Lunatic asylums Madras 1892-1911 - 1892-1911
Year: 1892
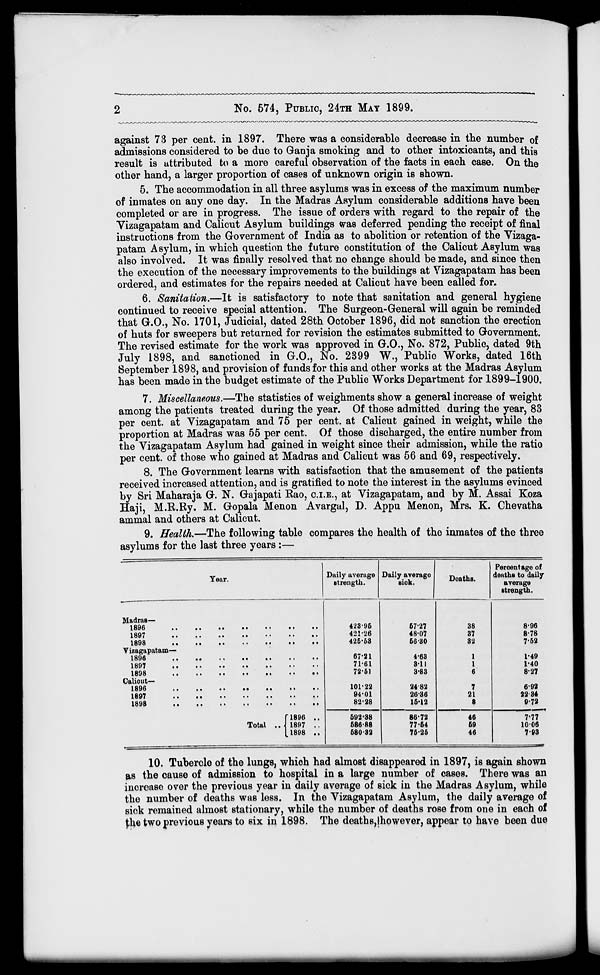
No. 574, PUBLIC, 24TH MAY 1899.
against 73 per cent, in 1897. There was a considerable decrease in the number of
admissions considered to be due to Ganja smoking and to other intoxicants, and this
result is attributed to a more careful observation of the facts in each case. On the
other hand, a larger proportion of cases of unknown origin is shown.
5. The accommodation in all three asylums was in excess of the maximum number
of inmates on any one day. In the Madras Asylum considerable additions have been
completed or are in progress. The issue of orders with regard to the repair of the
Vizagapatam and Calicut Asylum buildings was deferred pending the receipt of final
instructions from the Government of India as to abolition or retention of the Vizaga-
patam Asylum, in which question the future constitution of the Calicut Asylum was
also involved. It was finally resolved that no change should be made, and since then
the execution of the necessary improvements to the buildings at Vizagapatam has been
ordered, and estimates for the repairs needed at Calicut have been called for.
6. Sanitation.—It is satisfactory to note that sanitation and general hygiene
continued to receive special attention. The Surgeon-General will again be reminded
that G.O., No. 1701, Judicial, dated 28th October 1896, did not sanction the erection
of huts for sweepers but returned for revision the estimates submitted to Government.
The revised estimate for the work was approved in G.O., No. 872, Public, dated 9th
July 1898, and sanctioned in G.O., No. 2399 W., Public Works, dated 16th
September 1898, and provision of funds for this and other works at the Madras Asylum
has been made in the budget estimate of the Public Works Department for 1899-1900.
7. Miscellaneous.—The statistics of weighments show a general increase of weight
among the patients treated during the year. Of those admitted during the year, 83
per cent, at Vizagapatam and 75 per cent, at Calicut gained in weight, while the
proportion at Madras was 55 per cent. Of those discharged, the entire number from
the Vizagapatam Asylum had gained in weight since their admission, while the ratio
per cent, of those who gained at Madras and Calicut was 56 and 69, respectively.
8. The Government learns with satisfaction that the amusement of the patients
received increased attention, and is gratified to note the interest in the asylums evinced
by Sri Maharaja G. N. Gajapati Eao, C.I.E., at Vizagapatam, and by M. Assai Koza
Haji, M.E.Ry. M. Gopala Menon Avargal, D. Appu Menon, Mrs. K. Chevatha
ammal and others at Calicut.
9. Health.—The following table compares the health of the inmates of the three
asylums for the last three years :—
Percentage of
Tear.
Daily average
strength.
Daily average
sick.
Deaths.
deaths to daily
average
Btrength.
Madras—
42395
67-27
38
8-96
421-26
48-07
37
8-78
425-53
66-30
32
7-52
Vizagapatam—
67-21
4-63
1
1-49
7161
3-11
I
1-40
72-61
3-83
6
8-27
Calicut-
101-22
2482
7
6-92
94-01
26-36
21
22 34
[1896 ..
82-28
15-12
8
9-72
592-38
86-72
46
7-77
Total .. 1897 ..
586-88
77-64
69
1006
[1898 ..
680-32
76-25
46
7-83
10. Tubercle of the lungs, which had almost disappeared in 1897, is again shown
as the cause of admission to hospital in a large number of cases. There was an
increase over the previous year in daily average of sick in the Madras Asylum, while
the number of deaths was less. In the Vizagapatam Asylum, the daily average of
sick remained almost stationary, while the number of deaths rose from one in each of
);he two previous years to six in 1898. The deaths,(however, appear to have been due